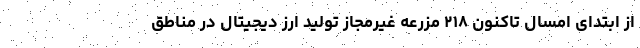
از ابتدای امسال تاکنون ۲۱۸ مزرعه غیرمجاز تولید ارز دیجیتال در مناطق